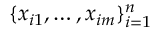
{ \{ x _ { i 1 } , \ldots , x _ { i m } \} _ { i = 1 } ^ { n } }